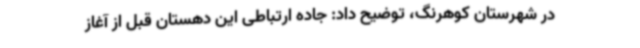
در شهرستان کوهرنگ، توضیح داد: جاده ارتباطی این دهستان قبل از آغاز